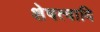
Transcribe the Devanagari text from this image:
शेषत्वादि